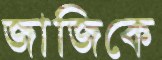
জাজিকে